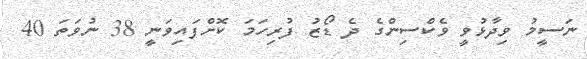
ނަސީމު ވިދާޅުވީ ވެކްސިންގެ ދެ ޑޯޒު ފުރިހަމަ ކޮށްފައިވަނީ 38 ނުވަތަ 40